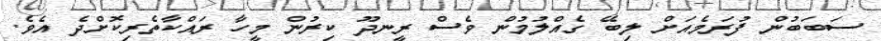
ސަބަބުން ފުރަމެއަށް ލިބޭ ގެއްލުމުން ވެސް ރީނދޫ ކިރުން މީހާ ރައްކާތެރިކޮށްދެ އެވެ.